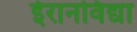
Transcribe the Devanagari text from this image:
ईरानविद्या